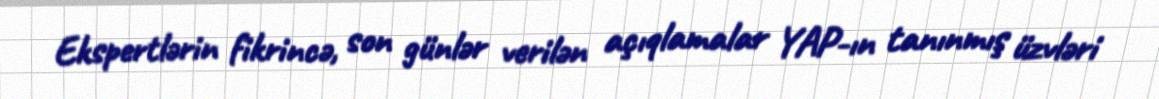
Ekspertlərin fikrincə, son günlər verilən açıqlamalar YAP-ın tanınmış üzvləri